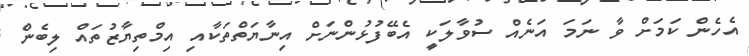
އެހެން ކަމަށް ވާ ނަމަ އަނެއް ސުވާލަކީ އެބޭފުޅުންނަށް އިނާޔަތްތަކާއި އިމްތިޔާޒުތައް ލިބެން